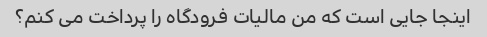
اینجا جایی است که من مالیات فرودگاه را پرداخت می کنم؟